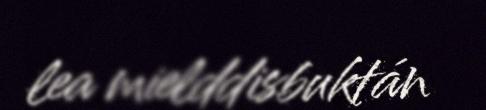
lea mielddisbuktán